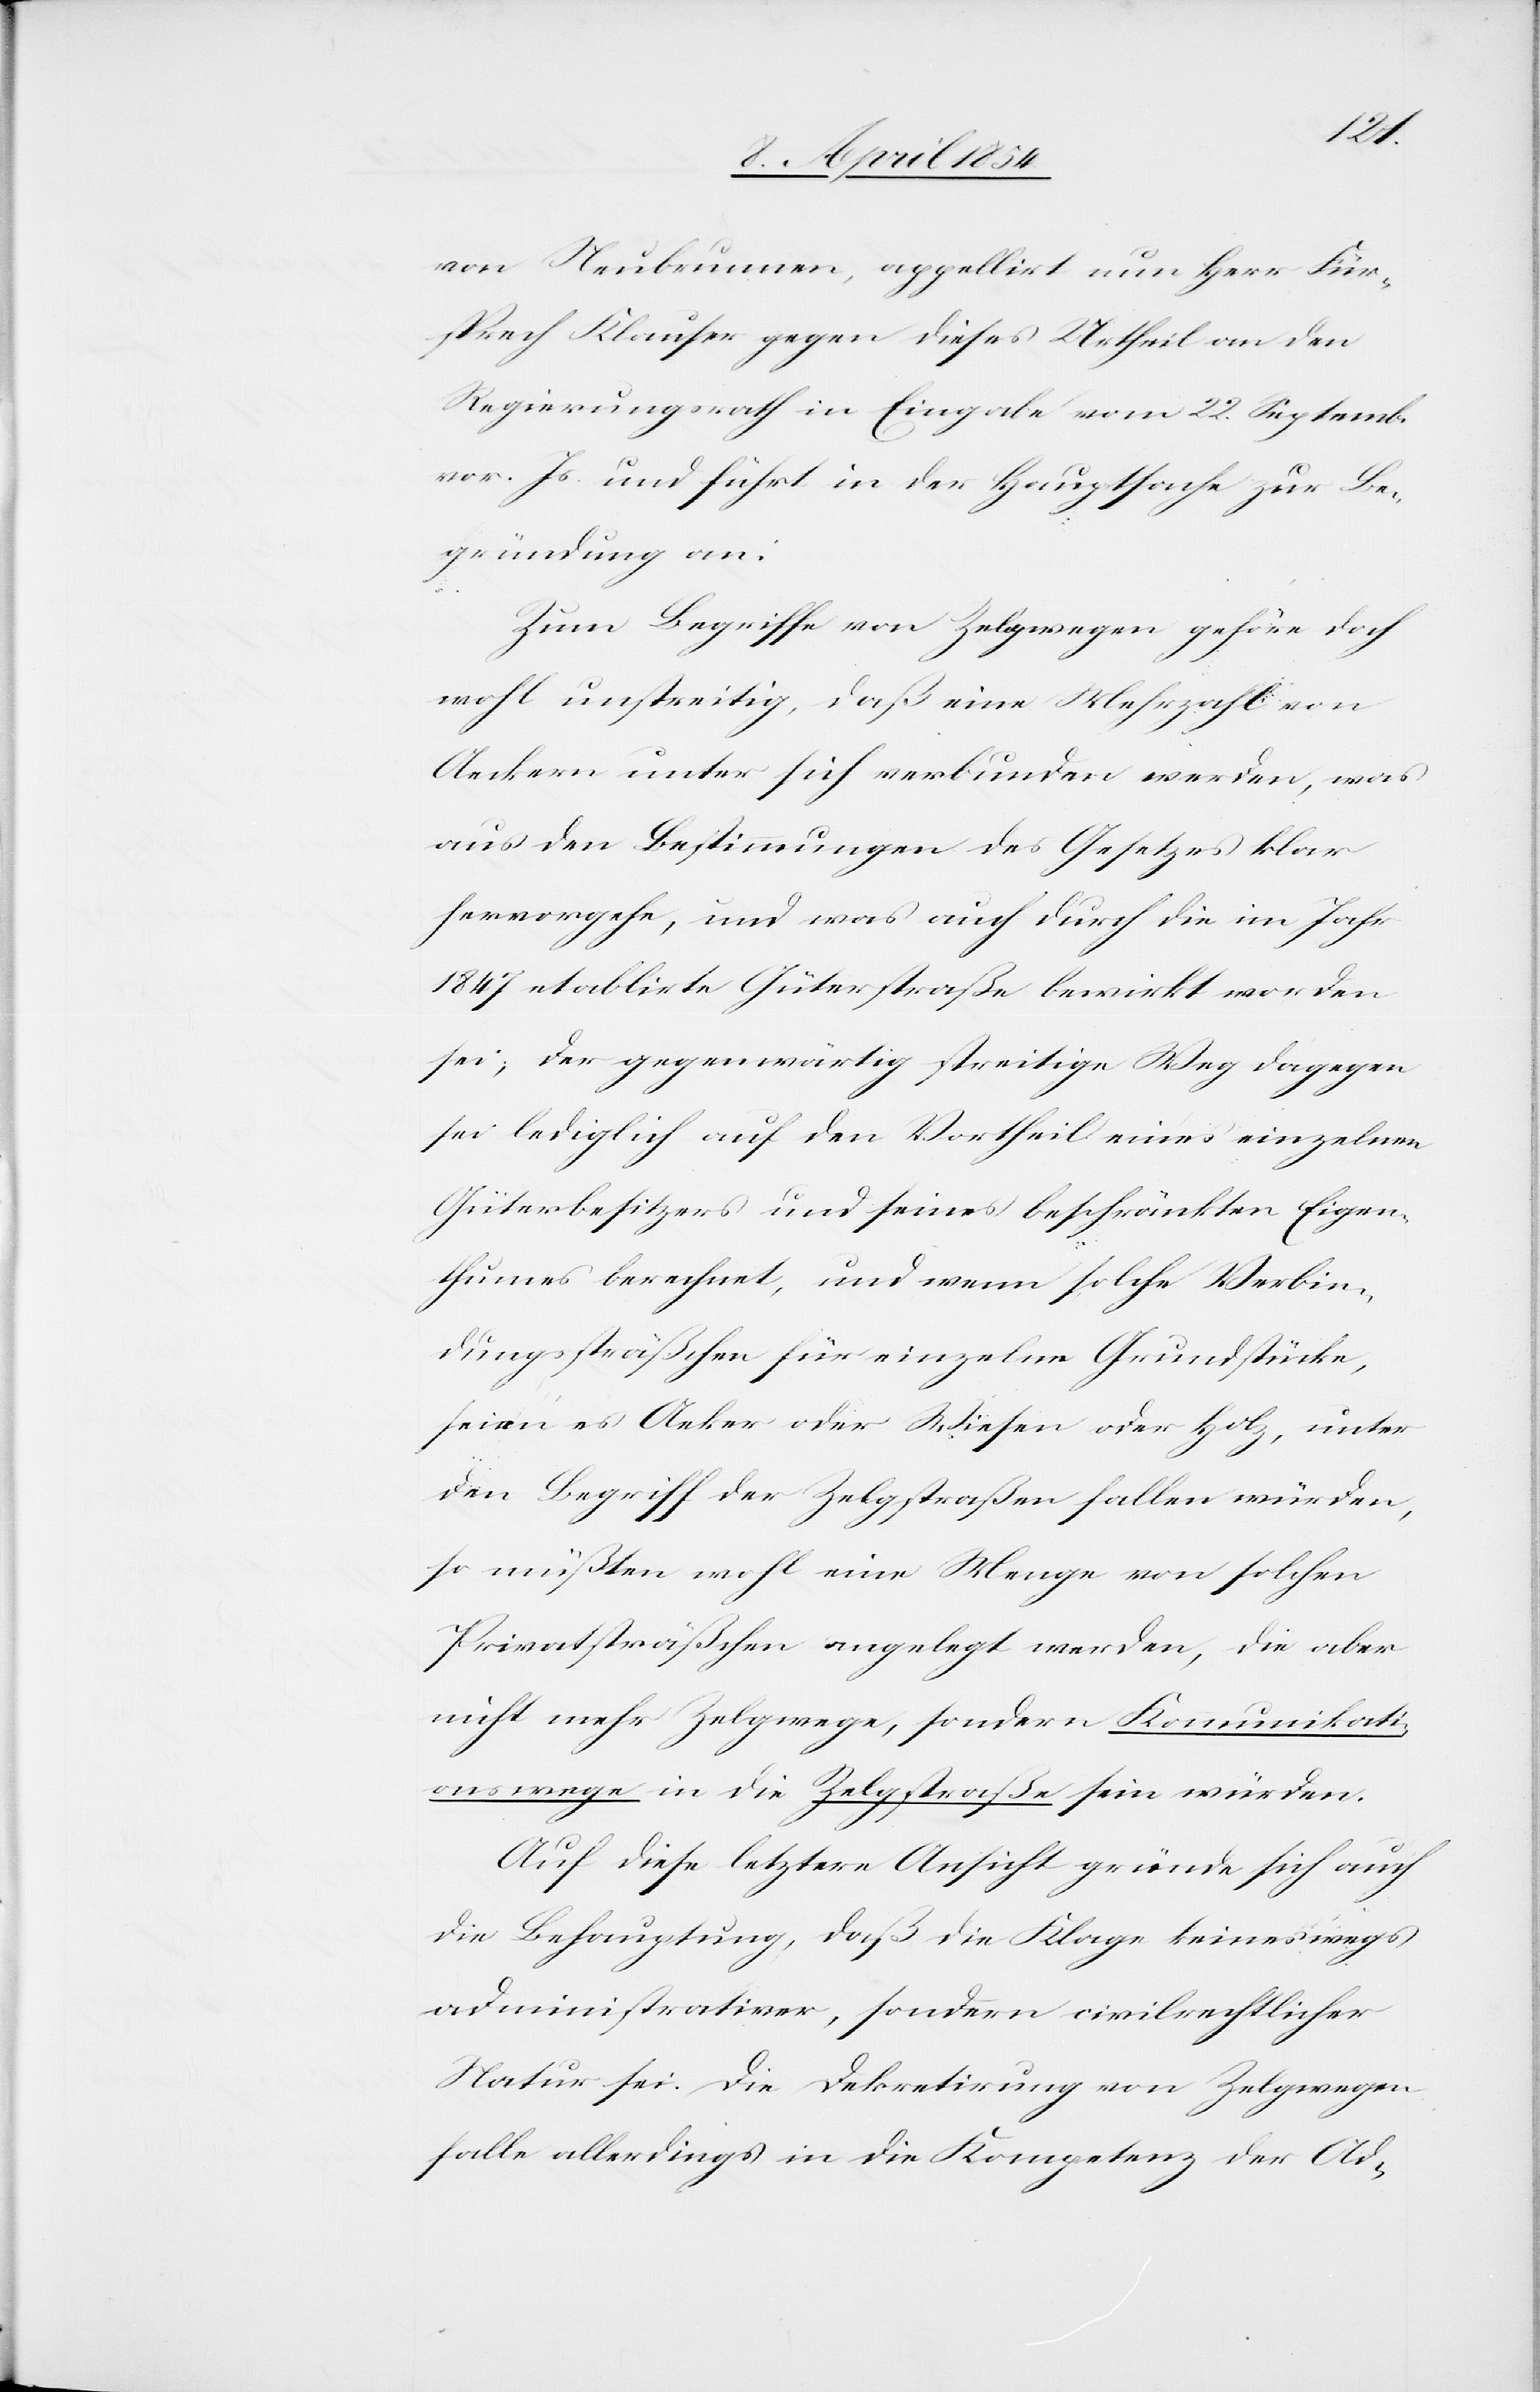
von Neubrunnen, appellirt nun Herr Für¬
sprech Klauser gegen dieses Urtheil an den
Regierungsrath in Eingabe vom 22. September
vor. Js. und führt in der Hauptsache zur Be¬
gründung an:
Zum Begriffe von Zelgwegen gehöre doch
wohl unstreitig, daß eine Mehrzahl von
Aeckern unter sich verbunden werden, was
aus den Bestimmungen des Gesetzes klar
hervorgehe, und was auch durch die im Jahr
1847 etablirte Güterstraße bewirkt worden
sei; der gegenwärtig streitige Weg dagegen
sei lediglich auf den Vortheil eines einzelnen
Güterbesitzers und seines beschränkten Eigen¬
thumes berechnet, und wenn solche Verbin¬
dungssträßchen für einzelne Grundstücke,
seien es Aecker oder Wiesen oder Holz, unter
den Begriff der Zelgstraßen fallen würden,
so müßten wohl eine Menge von solchen
Privatsträßchen angelegt werden, die aber
nicht mehr Zelgwege, sondern Kommunikati¬
onswege in die Zelgstraße sein würden.
Auf diese letztere Ansicht gründe sich auch
die Behauptung, daß die Klage keineswegs
administrativer, sondern civilrechtlicher
Natur sei Die Dekretirung von Zelgwegen
falle allerdings in die Kompetenz der Ad-